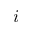
i